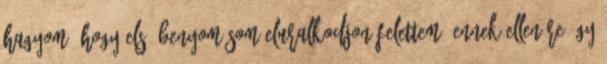
hagyom, hogy első benyomásom eluralkodjon felettem, ennek ellenére úgy